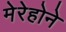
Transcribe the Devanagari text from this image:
मेरेहोने